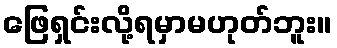
ဖြေရှင်းလို့ရမှာမဟုတ်ဘူး။